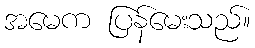
အမေက ပြန်မေးသည်။